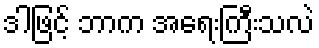
ဒါဖြင့် ဘာက အရေးကြီးသလဲ